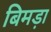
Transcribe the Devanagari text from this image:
बिमड़ा